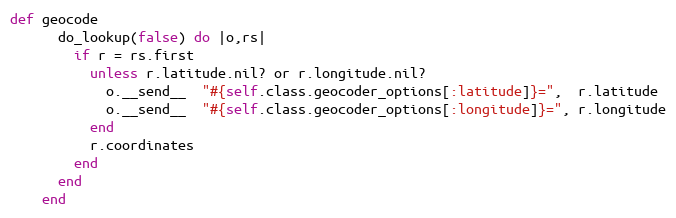
Language: Ruby
def geocode
      do_lookup(false) do |o,rs|
        if r = rs.first
          unless r.latitude.nil? or r.longitude.nil?
            o.__send__  "#{self.class.geocoder_options[:latitude]}=",  r.latitude
            o.__send__  "#{self.class.geocoder_options[:longitude]}=", r.longitude
          end
          r.coordinates
        end
      end
    end